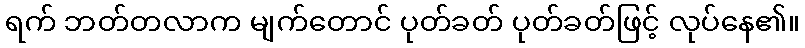
ရက် ဘတ်တလာက မျက်တောင် ပုတ်ခတ် ပုတ်ခတ်ဖြင့် လုပ်နေ၏။